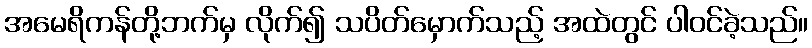
အမေရိကန်တို့ဘက်မှ လိုက်၍ သပိတ်မှောက်သည့် အထဲတွင် ပါဝင်ခဲ့သည်။